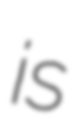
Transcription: is